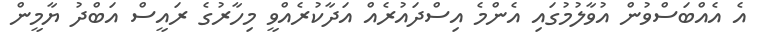
އެ އެއްބަސްވުން އުވާލުމުގައި އެންމެ އިސްދައުރެއް އަދާކުރެއްވީ މިހާރުގެ ރައީސް އަބްދު ޔާމީން